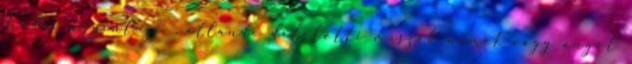
Irodai ügyintéző . állandó délelőtti műszak német vagy angol